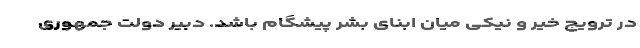
در ترویج خیر و نیکی میان ابنای بشر پیشگام باشد. دبیر دولت جمهوری